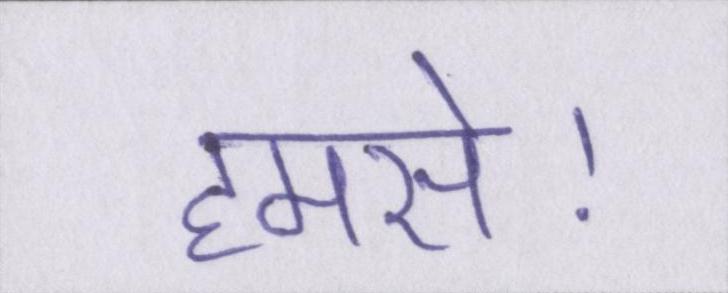
हमसे।